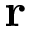
\mathbf { r }